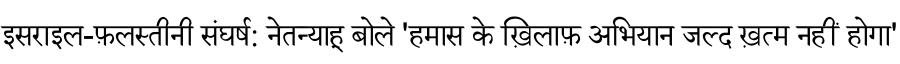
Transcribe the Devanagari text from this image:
इसराइल-फ़लस्तीनी संघर्ष: नेतन्याहू बोले 'हमास के ख़िलाफ़ अभियान जल्द ख़त्म नहीं होगा'